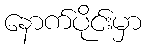
နောက်ပိုင်းမှာ